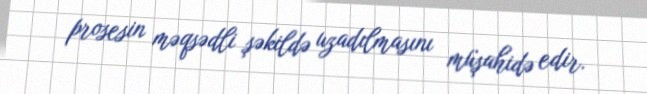
prosesin məqsədli şəkildə uzadılmasını müşahidə edir.